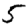
Digit: 5